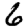
Digit: 6